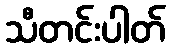
သီတင်းပါတ်